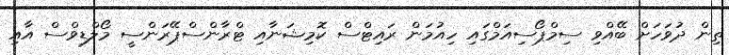
ތިން ދުވަހަށް ބޭއްވި ސިމްޕޯސިއަމްގައި ހިއުމަން ރައިޓްސް ކޮމިޝަނާއި ޓްރާންސްޕޭރަންސީ މޯލްޑިވްސް އާއި